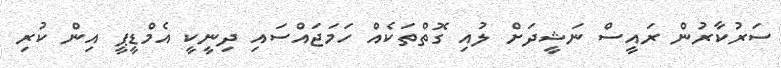
ސަރުކާރުން ރައީސް ނަޝީދަށް ލުއި ގޮތްތަކެއް ހަމަޖައްސައި ދިނީކީ އެމްޑީޕީ އިން ކުރި